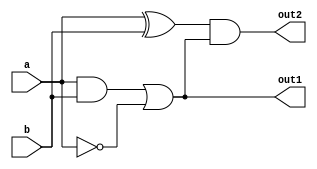
module overlapping_groups (
    input wire [3:0] a,      // Primary input signals
    input wire [3:0] b,      // Primary input signals
    output wire [3:0] out1,  // Output from Group 1
    output wire [3:0] out2   // Output from Group 2
);

// Group 1: Implements logic functions based on inputs a and b
// Example logic: out1 = (a AND b) OR (NOT a)
wire [3:0] group1_and;
wire [3:0] group1_not_a;

assign group1_and = a & b;           // AND operation
assign group1_not_a = ~a;             // NOT operation
assign out1 = group1_and | group1_not_a; // OR operation

// Group 2: Implements logic functions based on inputs a and shared output from Group 1
// Example logic: out2 = (a XOR b) AND (out1)
wire [3:0] group2_xor;

assign group2_xor = a ^ b;            // XOR operation
assign out2 = group2_xor & out1;      // AND operation with output from Group 1

endmodule